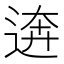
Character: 逩